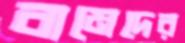
বামেদের